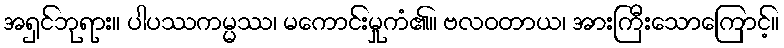
အရှင်ဘုရား။ ပါပဿကမ္မဿ၊ မကောင်းမှုကံ၏။ ဗလဝတာယ၊ အားကြီးသောကြောင့်။